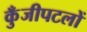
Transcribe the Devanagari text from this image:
कुँजीपटलों